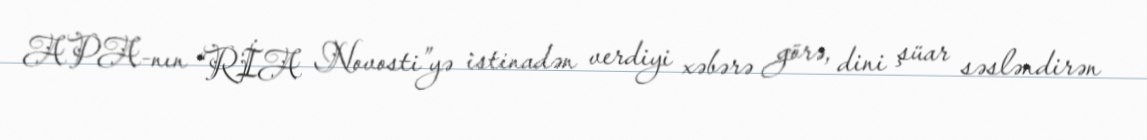
APA-nın “RİA Novosti”yə istinadən verdiyi xəbərə görə, dini şüar səsləndirən